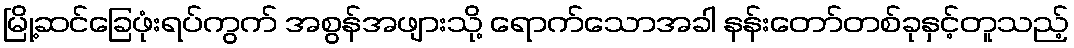
မြို့ဆင်ခြေဖုံးရပ်ကွက် အစွန်အဖျားသို့ ရောက်သောအခါ နန်းတော်တစ်ခုနှင့်တူသည့်